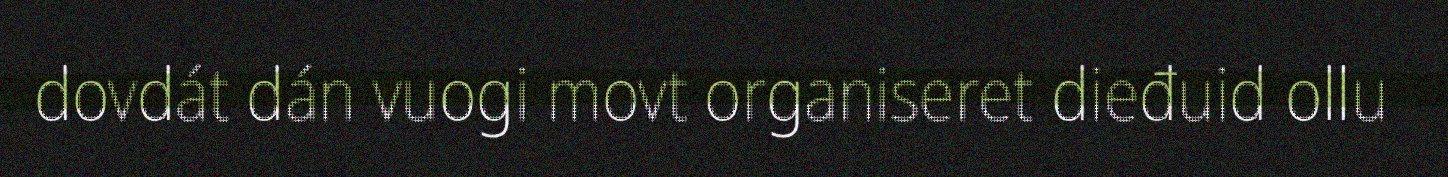
dovdát dán vuogi movt organiseret dieđuid ollu